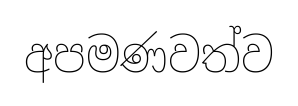
අපමණවත්ව